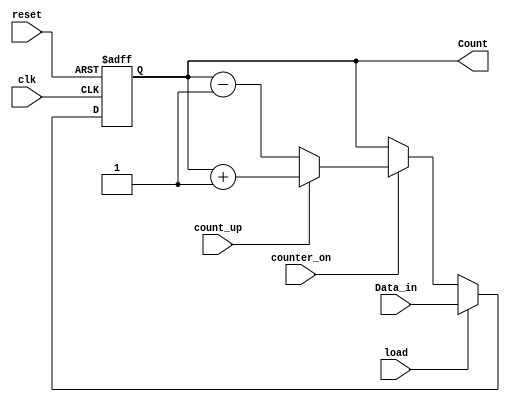
module up_down_counter (Count, Data_in, load, count_up, counter_on, clk, reset);
  output	[2: 0] 	Count;
  input 			load, count_up, counter_on, clk, reset;
  input	[2: 0] 	Data_in;
  reg		[2: 0] 	Count;

  always @  (posedge reset or posedge clk) 
    if (reset == 1'b1) Count = 3'b0; else 
      if (load == 1'b1) Count = Data_in; else 
        if (counter_on == 1'b1) begin
          if (count_up   == 1'b1) Count = Count +1;
            else Count = Count -1;
      end
endmodule